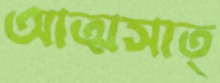
আত্মসাত্